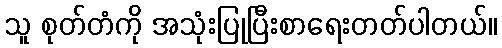
သူ စုတ်တံကို အသုံးပြုပြီးစာရေးတတ်ပါတယ်။